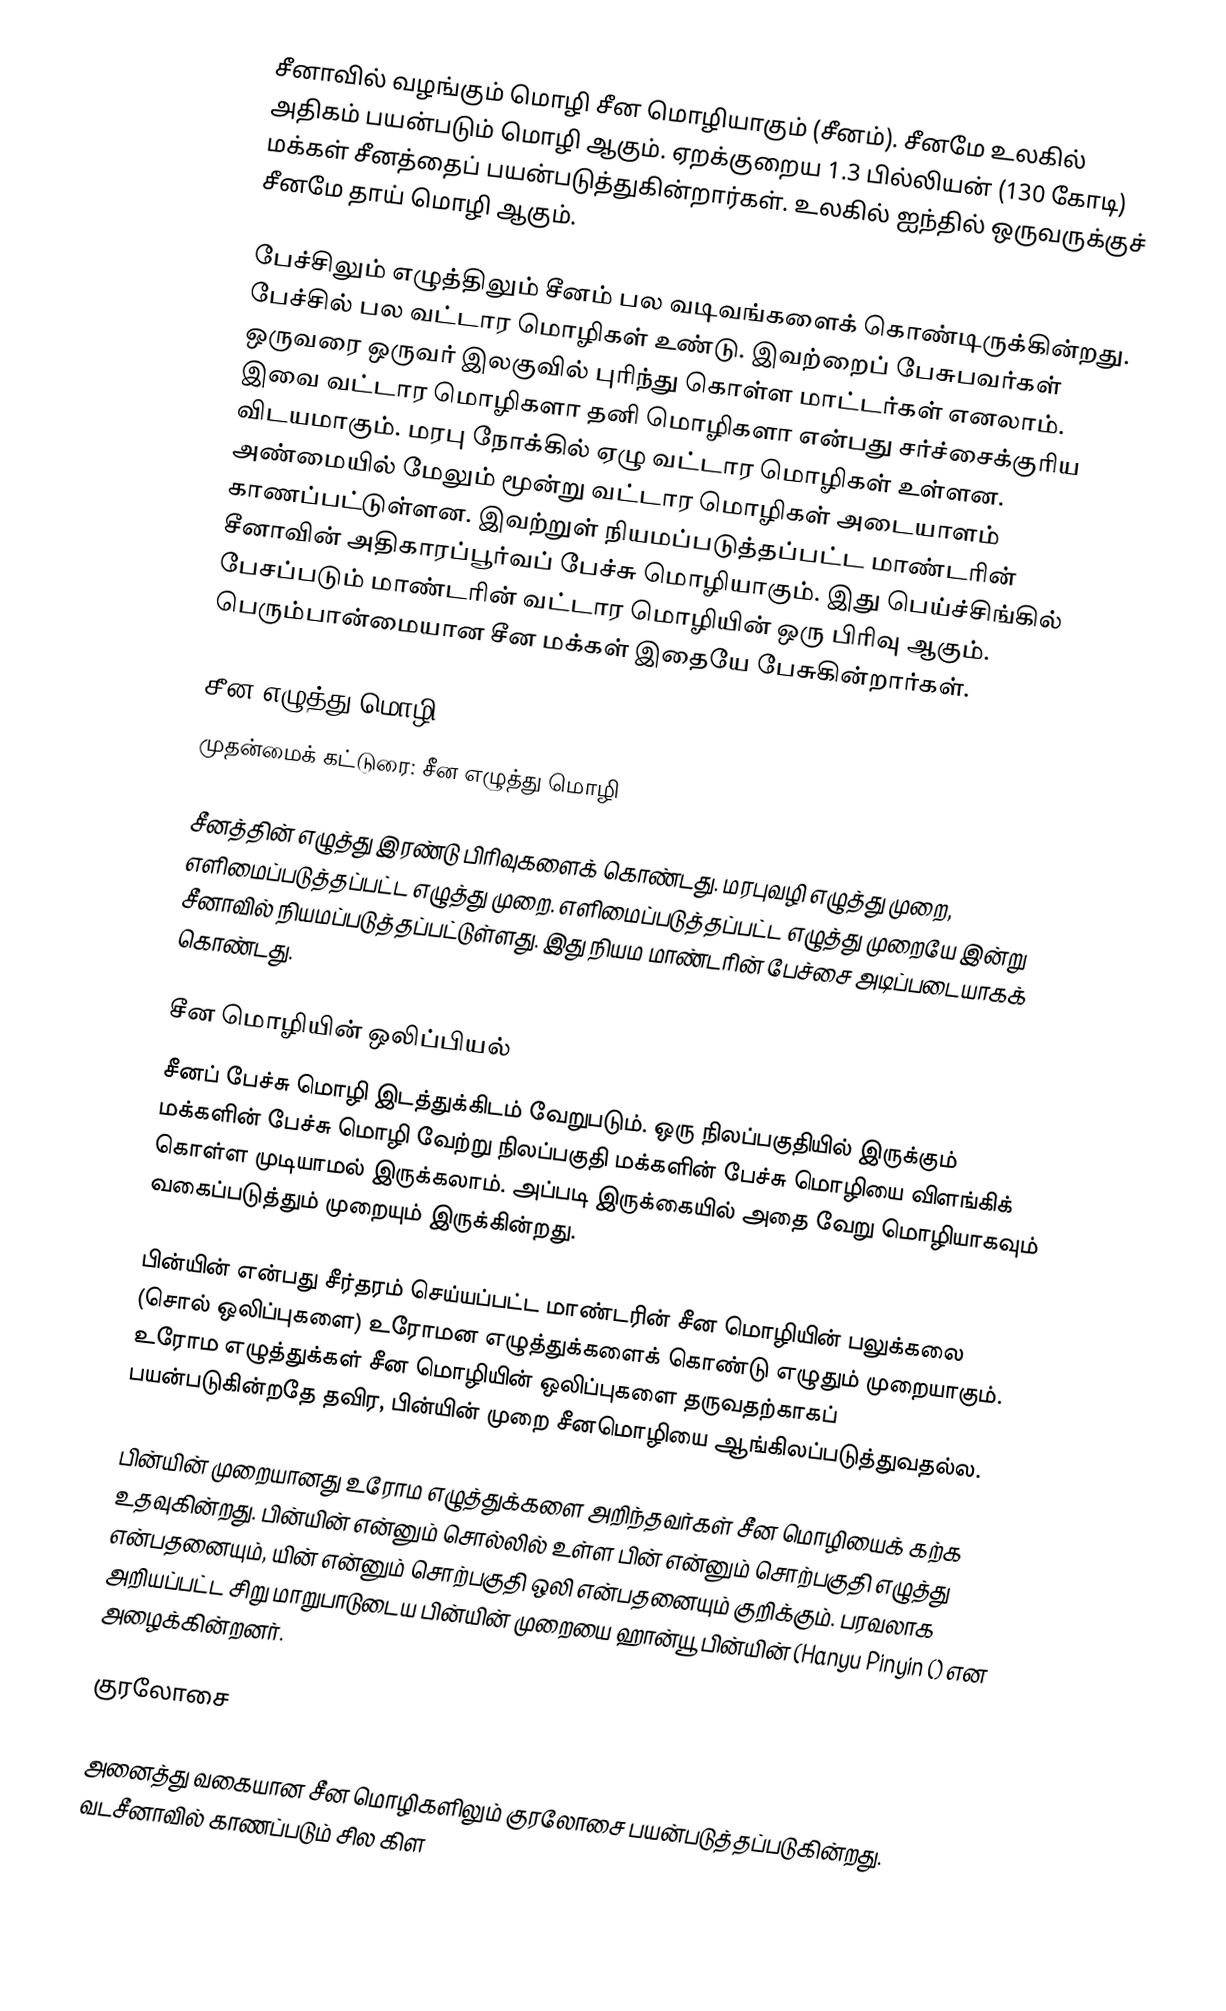
சீனாவில் வழங்கும் மொழி சீன மொழியாகும் (சீனம்). சீனமே உலகில் அதிகம் பயன்படும் மொழி ஆகும். ஏறக்குறைய 1.3 பில்லியன் (130 கோடி) மக்கள் சீனத்தைப் பயன்படுத்துகின்றார்கள். உலகில் ஐந்தில் ஒருவருக்குச் சீனமே தாய் மொழி ஆகும்.

பேச்சிலும் எழுத்திலும் சீனம் பல வடிவங்களைக் கொண்டிருக்கின்றது. பேச்சில் பல வட்டார மொழிகள் உண்டு. இவற்றைப் பேசுபவர்கள் ஒருவரை ஒருவர் இலகுவில் புரிந்து கொள்ள மாட்டர்கள் எனலாம். இவை வட்டார மொழிகளா தனி மொழிகளா என்பது சர்ச்சைக்குரிய விடயமாகும். மரபு நோக்கில் ஏழு வட்டார மொழிகள் உள்ளன. அண்மையில் மேலும் மூன்று வட்டார மொழிகள் அடையாளம் காணப்பட்டுள்ளன. இவற்றுள் நியமப்படுத்தப்பட்ட மாண்டரின் சீனாவின் அதிகாரப்பூர்வப் பேச்சு மொழியாகும். இது பெய்ச்சிங்கில் பேசப்படும் மாண்டரின் வட்டார மொழியின் ஒரு பிரிவு ஆகும். பெரும்பான்மையான சீன மக்கள் இதையே பேசுகின்றார்கள்.

சீன எழுத்து மொழி
முதன்மைக் கட்டுரை: சீன எழுத்து மொழி

சீனத்தின் எழுத்து இரண்டு பிரிவுகளைக் கொண்டது. மரபுவழி எழுத்து முறை, எளிமைப்படுத்தப்பட்ட எழுத்து முறை. எளிமைப்படுத்தப்பட்ட எழுத்து முறையே இன்று சீனாவில் நியமப்படுத்தப்பட்டுள்ளது. இது நியம மாண்டரின் பேச்சை அடிப்படையாகக் கொண்டது.

சீன மொழியின் ஒலிப்பியல்
சீனப் பேச்சு மொழி இடத்துக்கிடம் வேறுபடும். ஒரு நிலப்பகுதியில் இருக்கும் மக்களின் பேச்சு மொழி வேற்று நிலப்பகுதி மக்களின் பேச்சு மொழியை விளங்கிக் கொள்ள முடியாமல் இருக்கலாம். அப்படி இருக்கையில் அதை வேறு மொழியாகவும் வகைப்படுத்தும் முறையும் இருக்கின்றது.

பின்யின் என்பது சீர்தரம் செய்யப்பட்ட மாண்டரின் சீன மொழியின் பலுக்கலை (சொல் ஒலிப்புகளை) உரோமன எழுத்துக்களைக் கொண்டு எழுதும் முறையாகும். உரோம எழுத்துக்கள் சீன மொழியின் ஒலிப்புகளை தருவதற்காகப் பயன்படுகின்றதே தவிர, பின்யின் முறை சீனமொழியை ஆங்கிலப்படுத்துவதல்ல.

பின்யின் முறையானது உரோம எழுத்துக்களை அறிந்தவர்கள் சீன மொழியைக் கற்க உதவுகின்றது. பின்யின் என்னும் சொல்லில் உள்ள பின் என்னும் சொற்பகுதி எழுத்து என்பதனையும், யின் என்னும் சொற்பகுதி ஒலி என்பதனையும் குறிக்கும். பரவலாக அறியப்பட்ட சிறு மாறுபாடுடைய பின்யின் முறையை ஹான்யூ பின்யின் (Hanyu Pinyin () என அழைக்கின்றனர்.

குரலோசை

அனைத்து வகையான சீன மொழிகளிலும் குரலோசை பயன்படுத்தப்படுகின்றது. வடசீனாவில் காணப்படும் சில கிள